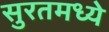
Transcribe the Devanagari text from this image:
सुरतमध्ये